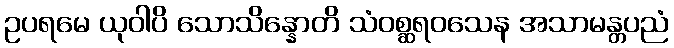
ဥပရမေ ယုဝါပိ သောသိန္နောတိ သံဝစ္ဆရဝသေန အသာမန္တပညံ